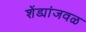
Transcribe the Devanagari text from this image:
शेंड्यांजवळ